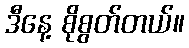
ဒီနေ့ စိုစွတ်တယ်။